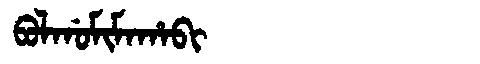
Manchu: ᠪᠣᠯᡤᠣᠮᡳᠮᠠᡥᠠᠪᡳ
Romanization: BOLGOMIMAHABI